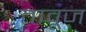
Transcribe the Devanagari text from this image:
तावूज